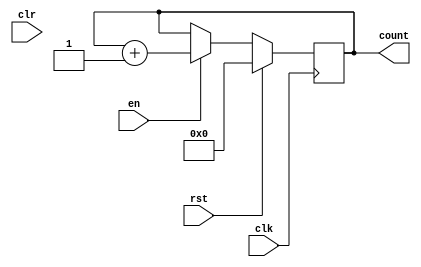
module up_counter #(parameter WIDTH = 32)(
input clk,
input rst,
input en,
input clr,
output reg[WIDTH-1:0] count
);
parameter zero={(WIDTH){1'b0}};


always@(posedge clk)
begin
	if(rst)
	count<=zero;
	else if(en)
	count<=count+{{WIDTH-1{1'b0}},1'b1};
end

endmodule
/*up_counter #(.WIDTH(6))(
.clk(clk),
.rst(rst),
.en(),
.clr(1'b0),
.count()
);*/